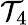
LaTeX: \mathcal{T}_{4}